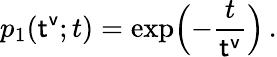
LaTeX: p_{1}({\sf t^{v}};t)=\exp\Bigl(-\frac{t}{{\sf t^{v}}}\Bigr)\, .